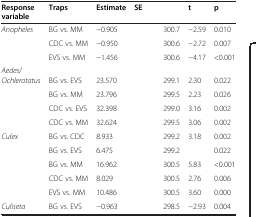
<table><thead><tr><td><b>Response variable</b></td><td><b>Traps</b></td><td><b>Estimate</b></td><td><b>SE</b></td><td>[EMPTY_CELL]</td><td><b>t</b></td><td><b>p</b></td></tr></thead><tbody><tr><td><i>Anopheles</i></td><td>BG vs. MM</td><td>-0.905</td><td>[EMPTY_CELL]</td><td>300.7</td><td>-2.59</td><td>0.010</td></tr><tr><td>[EMPTY_CELL]</td><td>CDC vs. MM</td><td>-0.950</td><td>[EMPTY_CELL]</td><td>300.6</td><td>-2.72</td><td>0.007</td></tr><tr><td>[EMPTY_CELL]</td><td>EVS vs. MM</td><td>-1.456</td><td>[EMPTY_CELL]</td><td>300.6</td><td>-4.17</td><td>&lt;0.001</td></tr><tr><td><i>Aedes</i>/</td><td>[EMPTY_CELL]</td><td>[EMPTY_CELL]</td><td>[EMPTY_CELL]</td><td>[EMPTY_CELL]</td><td>[EMPTY_CELL]</td><td>[EMPTY_CELL]</td></tr><tr><td><i>Ochlerotatus</i></td><td>BG vs. EVS</td><td>23.570</td><td>[EMPTY_CELL]</td><td>299.1</td><td>2.30</td><td>0.022</td></tr><tr><td>[EMPTY_CELL]</td><td>BG vs. MM</td><td>23.796</td><td>[EMPTY_CELL]</td><td>299.5</td><td>2.23</td><td>0.026</td></tr><tr><td>[EMPTY_CELL]</td><td>CDC vs. EVS</td><td>32.398</td><td>[EMPTY_CELL]</td><td>299.0</td><td>3.16</td><td>0.002</td></tr><tr><td>[EMPTY_CELL]</td><td>CDC vs. MM</td><td>32.624</td><td>[EMPTY_CELL]</td><td>299.5</td><td>3.06</td><td>0.002</td></tr><tr><td><i>Culex</i></td><td>BG vs. CDC</td><td>8.933</td><td>[EMPTY_CELL]</td><td>299.2</td><td>3.18</td><td>0.002</td></tr><tr><td>[EMPTY_CELL]</td><td>BG vs. EVS</td><td>6.475</td><td>[EMPTY_CELL]</td><td>299.2</td><td>[EMPTY_CELL]</td><td>0.022</td></tr><tr><td>[EMPTY_CELL]</td><td>BG vs. MM</td><td>16.962</td><td>[EMPTY_CELL]</td><td>300.5</td><td>5.83</td><td>&lt;0.001</td></tr><tr><td>[EMPTY_CELL]</td><td>CDC vs. MM</td><td>8.029</td><td>[EMPTY_CELL]</td><td>300.5</td><td>2.76</td><td>0.006</td></tr><tr><td>[EMPTY_CELL]</td><td>EVS vs. MM</td><td>10.486</td><td>[EMPTY_CELL]</td><td>300.5</td><td>3.60</td><td>0.000</td></tr><tr><td><i>Culiseta</i></td><td>BG vs. EVS</td><td>-0.963</td><td>[EMPTY_CELL]</td><td>298.5</td><td>-2.93</td><td>0.004</td></tr></tbody></table>